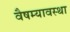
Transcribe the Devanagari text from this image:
वैषम्यावस्था